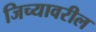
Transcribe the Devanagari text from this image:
जिच्यावरील